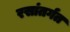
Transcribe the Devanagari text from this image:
रसांतर्गत